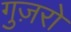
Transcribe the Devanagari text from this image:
गुज़रो